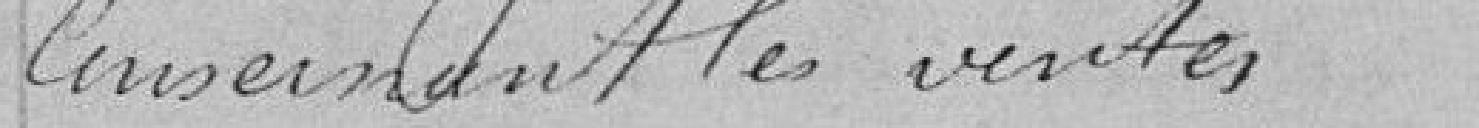
concernant les ventes